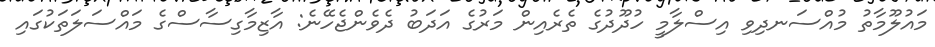
މައުލޫމާތު މުއްސަނދިވި އިސްލާމީ ހުދޫދުގެ ތެރެއިން މަރުގެ އަދަބު ދެވެންޖެހޭނެ: އާޒިމާގިސާސްގެ މައްސަލަތަކުގައި